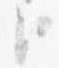
臣